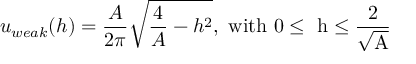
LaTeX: u _ { w e a k } ( h ) = \frac { A } { 2 \pi } \sqrt { \frac { 4 } { A } - h ^ { 2 } } \mathrm { , ~ w i t h ~ 0 \leq ~ h \leq \frac { 2 } { \sqrt { A } } ~ }